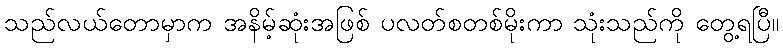
သည်လယ်တောမှာက အနိမ့်ဆုံးအဖြစ် ပလတ်စတစ်မိုးကာ သုံးသည်ကို တွေ့ရပြီ။